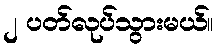
၂ ပတ်လုပ်သွားမယ်။